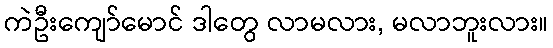
ကဲဦးကျော်မောင် ဒါတွေ လာမလား, မလာဘူးလား။